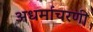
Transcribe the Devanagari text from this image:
अधर्माचरणी